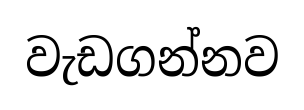
වැඩගන්නව